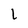
Character: l